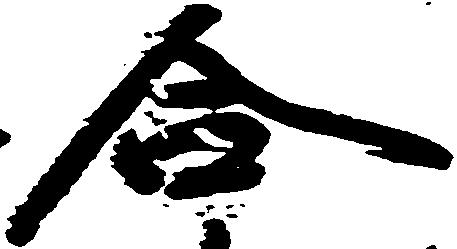
合